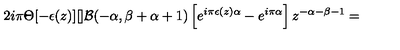
2 i \pi \Theta [ - \epsilon ( z ) ] [ ] { \cal B } ( - \alpha , \beta + \alpha + 1 ) \left[ e ^ { i \pi \epsilon ( z ) \alpha } - e ^ { i \pi \alpha } \right] z ^ { - \alpha - \beta - 1 } =